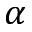
\alpha